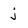
Character: j